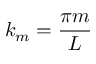
k _ { m } = { \frac { \pi m } { L } }